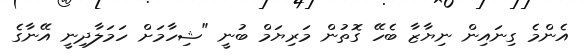
އެންމެ ގިނައިން ނިޔާޒާ ބެހޭ ގޮތުން މަރިޔަމް ބުނީ "ޝިހާމަށް ހަމަލާދިނީ އޭނާގެ